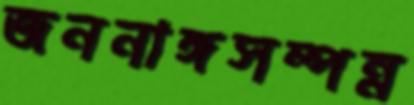
জননাঙ্গসম্পন্ন